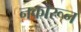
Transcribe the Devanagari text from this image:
नकारून